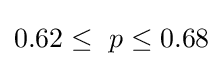
0.62\leq \ p\leq 0.68